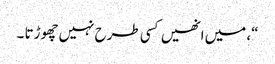
“، میں انھیں کسی طرح نہیں چھوڑتا ۔